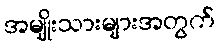
အမျိုးသားများအတွက်